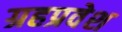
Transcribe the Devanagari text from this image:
ग्रहप्रवेश